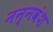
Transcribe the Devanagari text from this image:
नन्नवंश